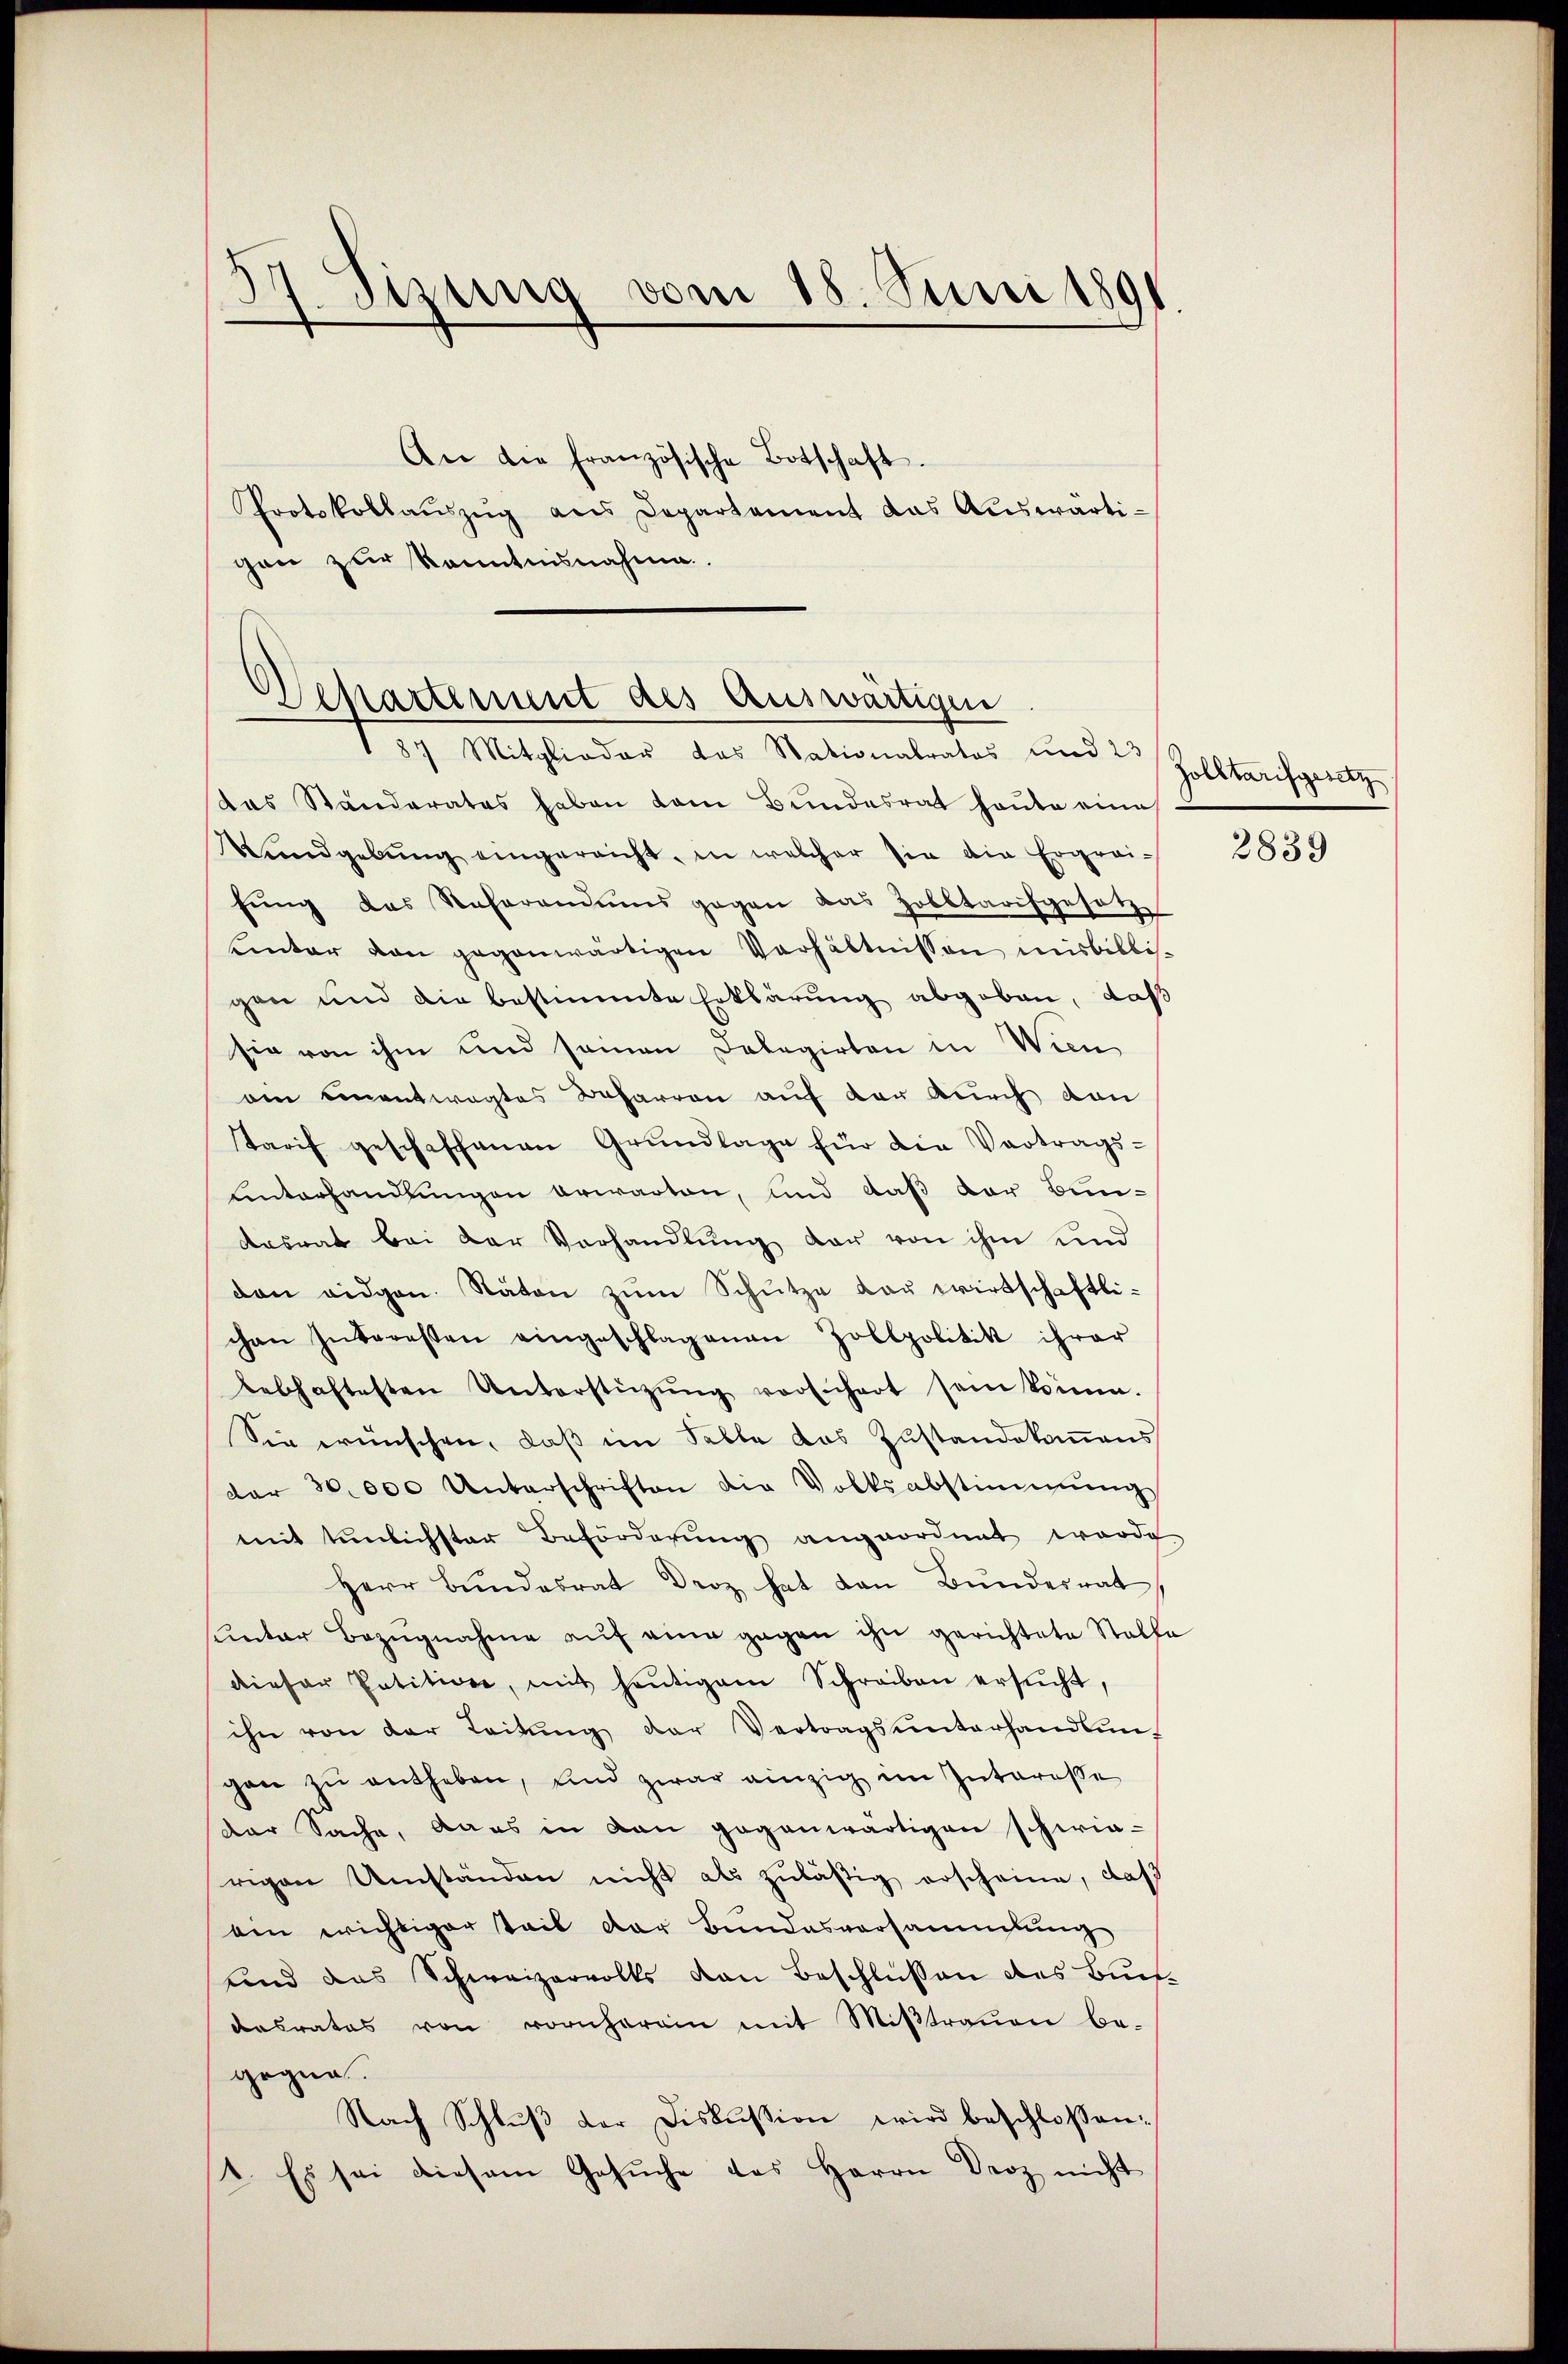
37. Sizung vom 18. Juni 1891

gen zur Kenntnisnahme

Departement des Auswärtigen
87 Mitglieder das Stationalratos und 23

Protokollaŭszŭg ans Departement das Aŭswärti-

das Ständerates haben dem Bundesrat heute eine
Wundgebung eingereicht, in welcher sie die Ergreifŭng das Referandums gegen das Zobbtarifgesetz
uinter von gegenwärtigen Verhältnissen misbillisgen und die bestimmte Erklärung abgeben, daß
sie von ihm und seien Delegirten in Wien
ain einentwegtes Beharren auf der durch dan
Tarif geschaffenen Grundlage für die Vortrags-
Lnterhandlungen erwarten, und daß der Bun-
Aasrat bei der Verhandlung dar von ihm und
dan eidgen. Räten zŭm Schütze der wirtschaftlichen Interessen eingeschlagenen Zollpolitik ihrer
lebhaftesten Unterstützŭng vorsichert sein könne.
Sie wünschen, daß im Falle das Zustandekommens
dar 30000 Unterschriften die Volksabstimmung
mit tunlichster Beförderung angeordnet werde
Herr Bundesrat Droz hat den Bundernat
sunter Bezŭgnahme aŭf eine gegen ihn gerichtete Stelle
dieser Patition, mit heutigem Schreiben ersŭcht,
ihn von der Leitŭng der Vertragsunterhandlŭn-
gan zŭ entheben, und zwar einzig im Interesse
der Sache, dans in dan gegenwärtigen schwie-
rigen Umständen nicht als zuläßig erscheine, daß
em wichtiger Teil der Bundesversammlung
und das Schweizervolls von Beschlüssen des Buchdesrates von vornherein mit Mißtrauen be-
gegen.
Nach Schlŭβ der Diskussion wird beschloßen:
1. Es sei diesem Gesŭche des Herrn Droz nicht

An die französische Botschaft.

Zoletarifgesetz

2839